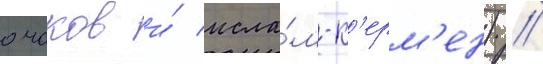
очаков и́ исла́м-к'ерм'ен) //